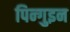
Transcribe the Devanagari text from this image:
पिन्गुइन